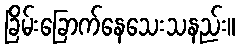
ခြိမ်းခြောက်နေသေးသနည်း။